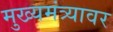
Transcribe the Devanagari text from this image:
मुख्यमंत्र्यावर